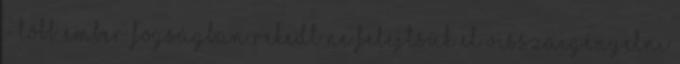
- több ember fogságban rekedt Ne felejtsük el visszaigényelni